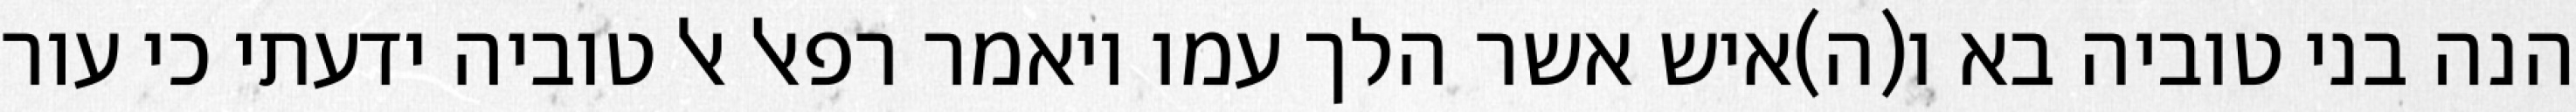
הנה בני טוביה בא ו(ה)איש אשר הלך עמו ויאמר רפאל אל טוביה ידעתי כי עור